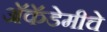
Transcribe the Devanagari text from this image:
अॅकॅडेमीचे